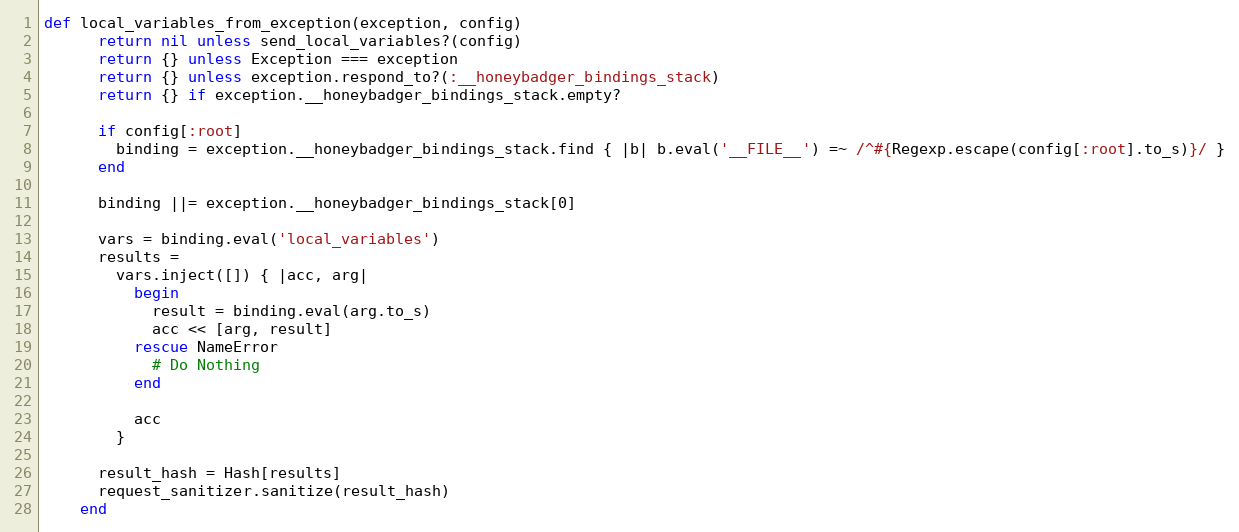
Language: Ruby
def local_variables_from_exception(exception, config)
      return nil unless send_local_variables?(config)
      return {} unless Exception === exception
      return {} unless exception.respond_to?(:__honeybadger_bindings_stack)
      return {} if exception.__honeybadger_bindings_stack.empty?

      if config[:root]
        binding = exception.__honeybadger_bindings_stack.find { |b| b.eval('__FILE__') =~ /^#{Regexp.escape(config[:root].to_s)}/ }
      end

      binding ||= exception.__honeybadger_bindings_stack[0]

      vars = binding.eval('local_variables')
      results =
        vars.inject([]) { |acc, arg|
          begin
            result = binding.eval(arg.to_s)
            acc << [arg, result]
          rescue NameError
            # Do Nothing
          end

          acc
        }

      result_hash = Hash[results]
      request_sanitizer.sanitize(result_hash)
    end